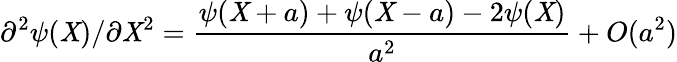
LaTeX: \partial^{2}\psi(\mathit{X})/\partial\mathit{X}^{2}=\frac{{\psi(\mathit{X}+a)+\psi(\mathit{X}-a)-2\psi(\mathit{X})}}{{a^{2}}}+O(a^{2})